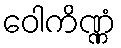
ဝေါကိဏ္ဏံ